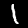
Label: 1